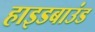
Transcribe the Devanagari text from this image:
हाइडबाउंड